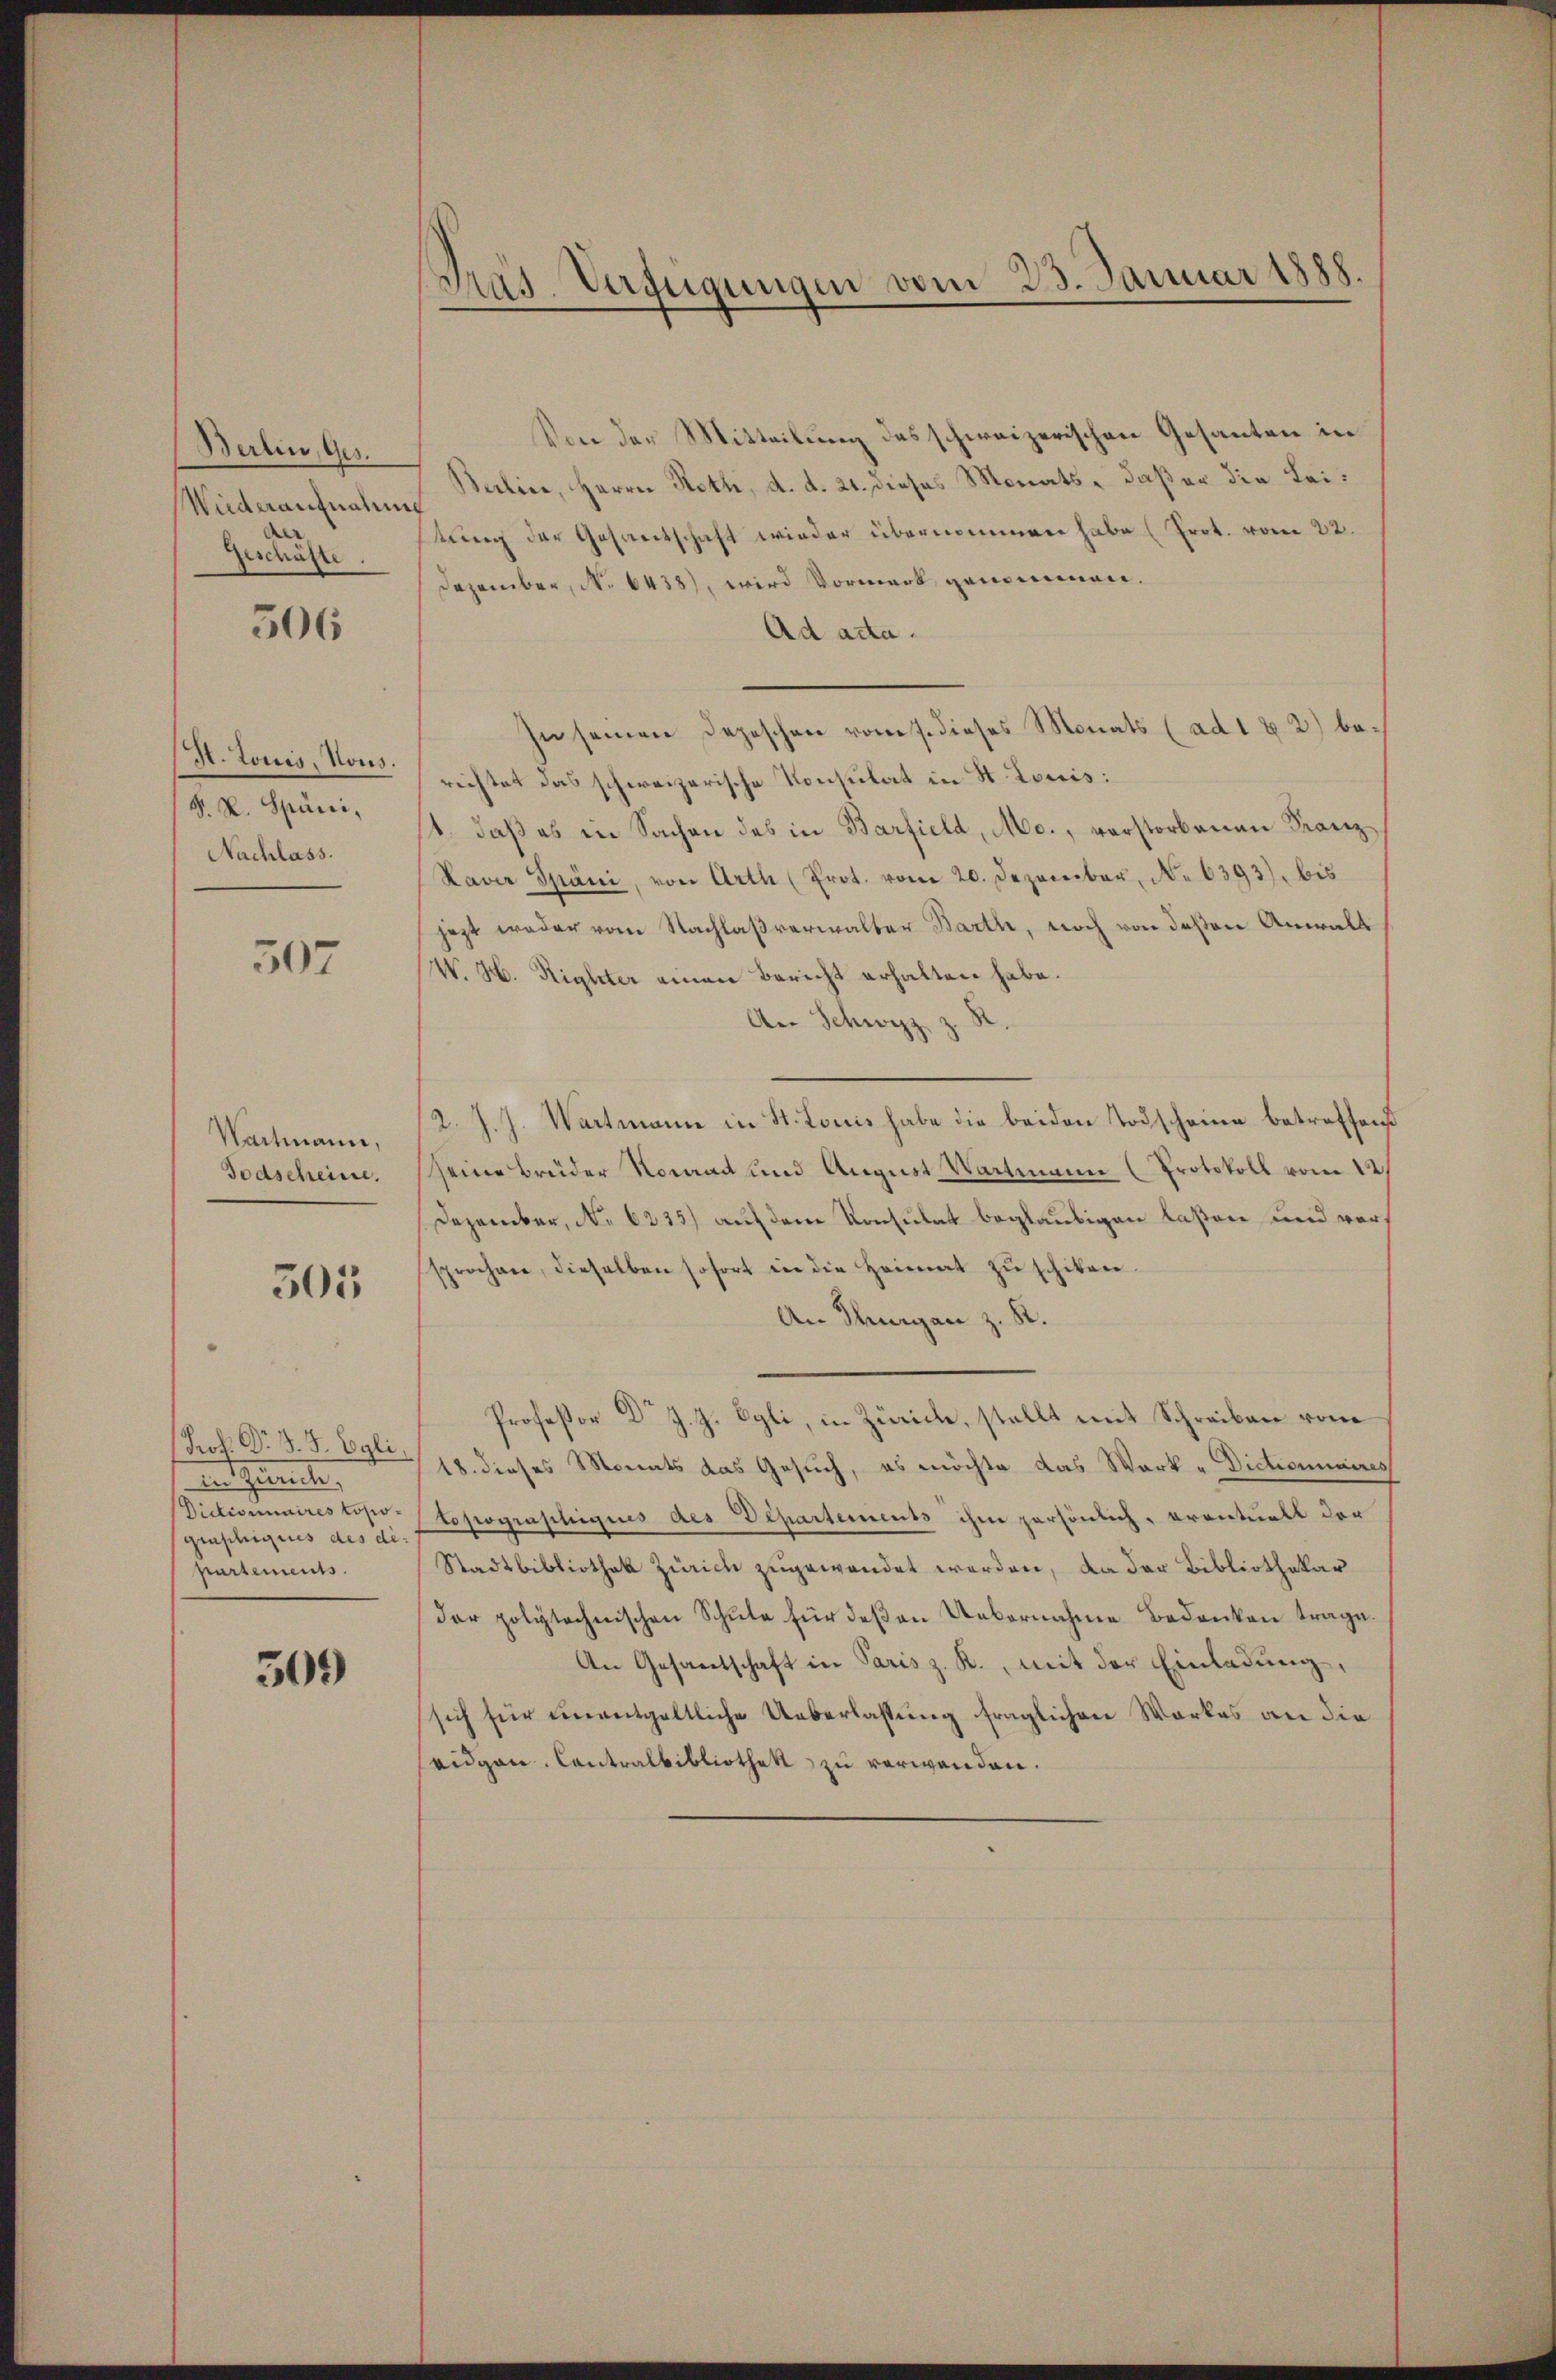
Berlin, Ges.
Wideraufnahme
Geschäfte.

506

H. Louis, Nous.
S. K. Spüni,
Nachlass.

507

Wartmann,
Todscheine.

505

Prof. Dr. S. S. Egli,
Aartgute,
graphiques des dipartements.

309

Von der Mitteilung des schweizerischen Gesanten in
Berline, Herrn Roth, d. d. 21. dieses Monats, daß er die Leitung der Gesantschaft wieder übernommen habe (Prot. vom 22.
Dezember, No 6438), wird Vormerk genommen.
Ad acta.
In seinen Depeschen vom 7. dieses Monats (ad 1 & 2) berichtet das schweizerische Konsulat in St. Louis:
s. daß es in Sachen des in Barfield, Mo., verstorbenen Franz
Laver Spani, von Arth (Prot. vom 20. Dezember, No 6393), bis
jezt weder vom Nachlaßverwalter Barth, noch von deßen Anwalt
W. H. Richter einen Bericht erhalten habe.
An Schwyz z.
/2. J. J. Wartmann in St. Louis habe die beiden Todscheine betreffend
seine Brüder Nomad und August Wartmann (Protokoll vom 12.
Dezember, No 6225) auf dem Konsulat beglaubigen laßen und vorsprochen, dieselben sofort in die Heimat zŭ schiten.
An Thurgan z. R.
Professor Dr J. J. Egli, in Zürich, stellt mit Schreiben vom
18. dieses Monats das Gesuch, es möchte das Wark-Dictionaires
Dictionaires der topographiges des Departements ihm persönlich, eventuell der
Stadtbibliothek Zürich zugewendet werden, da der Bibliothekar
der polytechnischen Schule für deßen Uebernahme Bedanken trage.
An Gesantschaft in Paris z. R., mit der Einladung,
sich für unentgeltliche Ueberlassung fraglichen Werkes an die
eidgen. Contralbibliothek zu verwenden.

Pras. Verfügungen vom 23. Januar 1888.